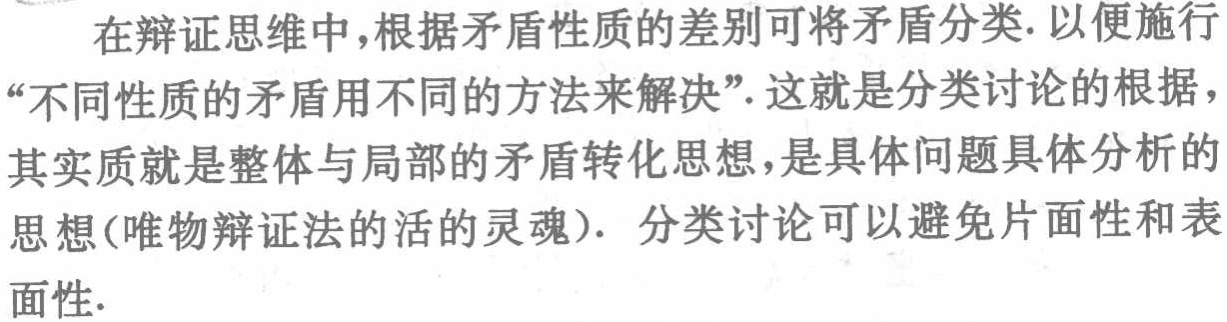
在辩证思维中,根据矛盾性质的差别可将矛盾分类. 以便施行“不同性质的矛盾用不同的方法来解决”. 这就是分类讨论的根据，其实质就是整体与局部的矛盾转化思想,是具体问题具体分析的思想(唯物辩证法的活的灵魂). 分类讨论可以避免片面性和表面性.